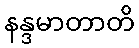
နန္ဒမာတာတိ